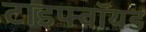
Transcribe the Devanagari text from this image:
टाइफ्वॉयड